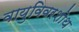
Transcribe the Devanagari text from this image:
वायुविवरशोथ